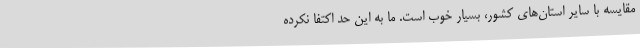
مقایسه با سایر استان‌های کشور، بسیار خوب است. ما به این حد اکتفا نکرده